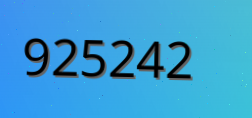
925242